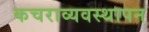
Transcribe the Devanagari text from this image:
कचराव्यवस्थापन